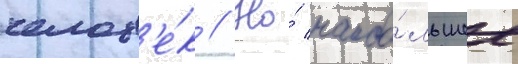
челов'е́к // Но́ наибо́льшее